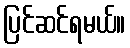
ပြင်ဆင်ရမယ်။